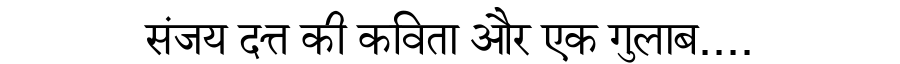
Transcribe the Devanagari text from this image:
संजय दत्त की कविता और एक गुलाब....